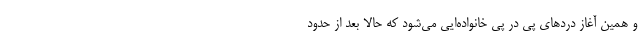
و همین آغاز دردهای پی در پی خانواده‌ایی می‌شود که حالا بعد از حدود